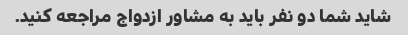
شاید شما دو نفر باید به مشاور ازدواج مراجعه کنید.